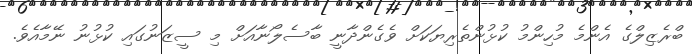
ބްރެޒިލްގެ އެންމެ މުހިންމު ކުޅުންތެރިޔަކަށް ވެގެންދާނީ ބާސެލޯނާއަށް މި ސީޒަނުގައި ކުޅުނު ނޭމާއެވެ.